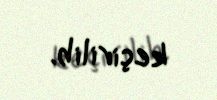
keçirilib.